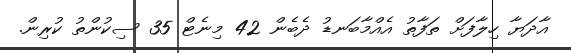
އާދަޔާ ހިލާފަށް ތަފާތު އެއްމާބަނޑު ދެބެން 42 މިނެޓް 35 ސިކުންތު ކުރިން.